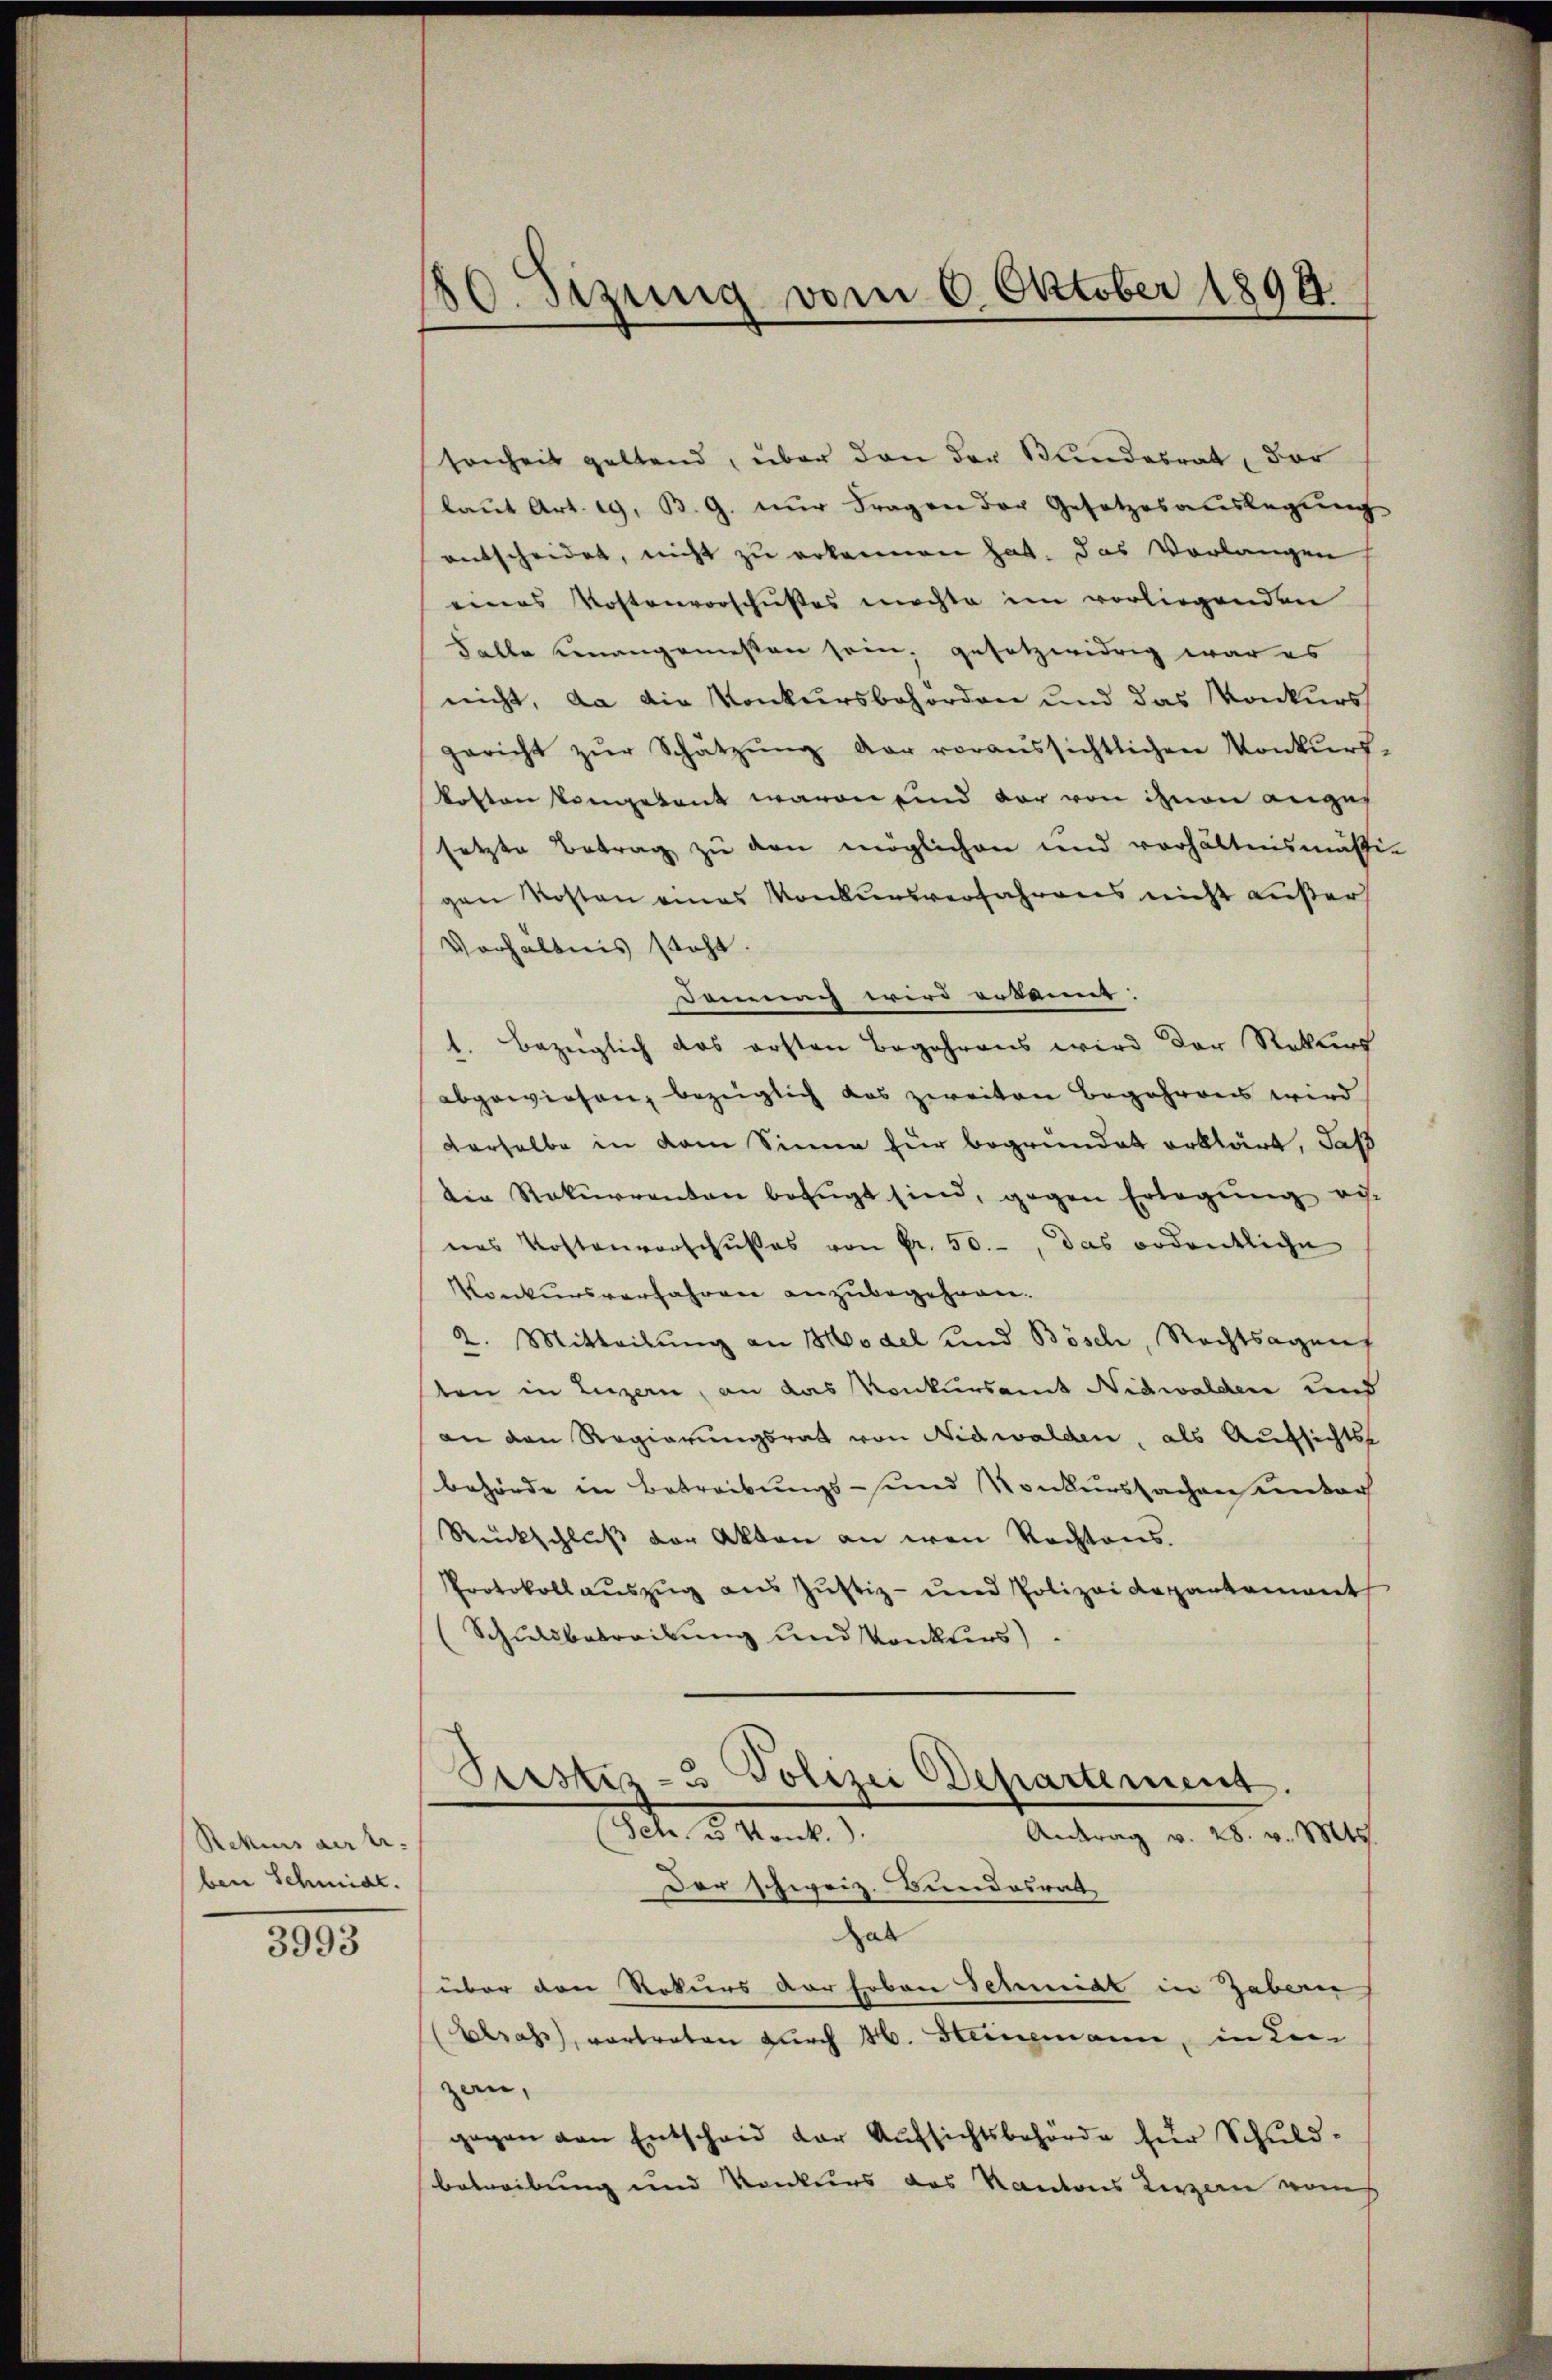
Rekurs der tr
ben Schmide.

3993

10. Sizung vom 6. Oktober 1899.

sonheit geltend, über den der Bundesrat, dar
laŭt Art. 19. B. G. nŭr Fragen der Gesetzesauslegung
entscheidet, nicht zu erkennen hat. Das Vorlangen
eines Kostenvorschußes machte im vorliegenden
Falle unangemessen sein, gesetzwidrig war es
nicht, da die Konkursbehörden und das Konkurs
gericht zŭr Schätzŭng der voraussichtlichen Konkŭrs-
koften Competent waren und der von ihnen anges
setzte Betrag zu den möglichen und verhältnismässig
gen Kosten eines Konkursverfahrens nicht außer
Verhältnis steht.
Damung wird ersting.
t. Bezüglich das ersten Begehrens wird der Rekurs
abgewiesen, bezüglich das zweiten Begehrens wird
derselbe in dem Sinne für begründet erklärt, daß
die Rekurrenten befugt sind, gegen Erlegŭng ei
nes Kostenvorschußes von Pr. 50.-, das ordentliche
Konkursverfahren anzubegehren.
2. Mitteilung an Model und Bösch, Rechtsagens
ten in Luzern, an das Konkursamt Nidwalden und
an den Regierungsrath von Nidwalden, als Aufsichts
behörde in Betreibungs- und Konkurssachen unter
Rückschluß der Akten an wen Rechtens.
Protokoll aŭszŭg aŭs Jŭstiz- und Polizei Repartement
Schuldbetreibung und Konkurs

Piustiz- & Polizei Departement.
Sch u. Konk
Antrag v. 28. v. Mts.

Der schweiz. Bundesrat,
hab
über den Rekurs der Erben Schmidt in Gaben
Elsass, vortreten durch H. Heinzmann, in Lei
zau,
gegen von Entscheid der Aufsichtsbehörde für Schuldbetreibung und Konkurs des Kantons Luzern vom